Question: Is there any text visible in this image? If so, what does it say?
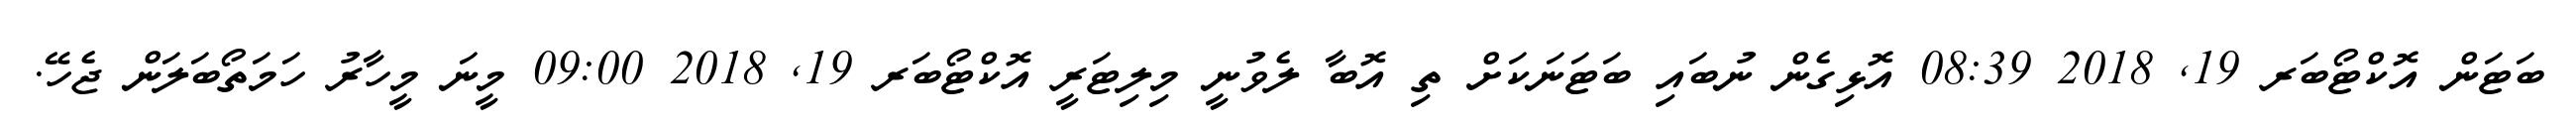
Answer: ބަޓަން އޮކްޓޯބަރ 19, 2018 08:39 އޮޅިގެން ނުބައި ބަޓަނަކަށް ތި އޮބާ ލެވުނީ މިލިޓަރީ އޮކްޓޯބަރ 19, 2018 09:00 މީނަ މީހާރު ހަމަތޯބަލަން ޖެހޭ.